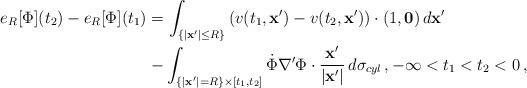
LaTeX: \begin{align*}e_R[\Phi] ({t_2}) - e_R[\Phi]({t_1}) &= \int_{\{\vert {\bf x^\prime}\vert \leq R\}} \left(v( t_1, {\bf x^\prime})- v(t_2, {\bf x^\prime})\right)\cdot (1, {\bf 0}) \,d{\bf x^\prime}\\&-\int_{\{\vert {\bf x^\prime}\vert = R\}\times [t_1, t_2]}\dot\Phi \nabla^\prime\Phi\cdot \frac{{\bf x^\prime}}{\vert{\bf x^\prime}\vert}\,d\sigma_{cyl}\,,-\infty< t_1< t_2<0\,,\end{align*}